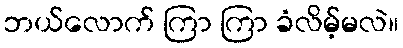
ဘယ်လောက် ကြာ ကြာ ခံလိမ့်မလဲ။